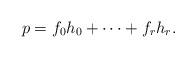
LaTeX: \begin{align*} p = f_0 h_0 + \dots + f_r h_r. \end{align*}